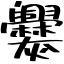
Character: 爨